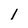
Character: I